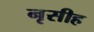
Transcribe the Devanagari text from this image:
नृसीह